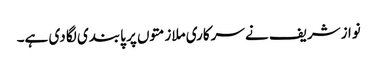
نوازشریف نے سرکاری ملازمتوں پر پابندی لگا دی ہے۔